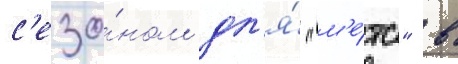
с'езо́ном дл'я́ "м'е́тс" в